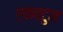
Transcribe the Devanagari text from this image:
एकवटुन